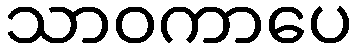
သာဝကာပေ